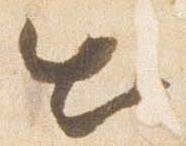
出